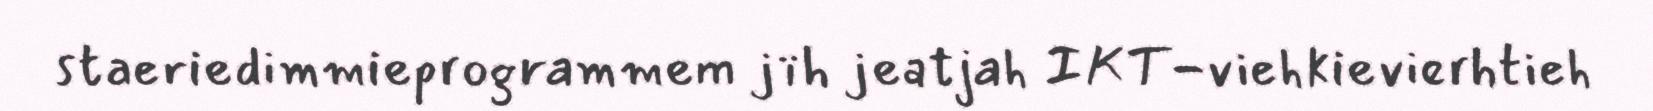
staeriedimmieprogrammem jïh jeatjah IKT-viehkievierhtieh